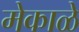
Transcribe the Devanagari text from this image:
मेकाळे